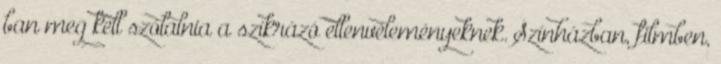
ban meg kell szólalnia a szikrázó ellenvéleményeknek. Színházban, filmben,